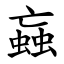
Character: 蝱